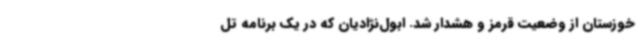
خوزستان از وضعیت قرمز و هشدار شد. ابول‌نژادیان که در یک برنامه تل